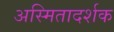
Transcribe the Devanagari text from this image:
अस्मितादर्शक